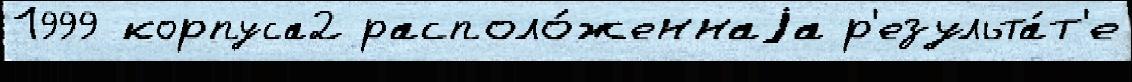
1999 корпуса2 располо́женнаjа р'езульта́т'е